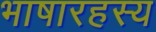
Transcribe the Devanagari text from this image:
भाषारहस्य